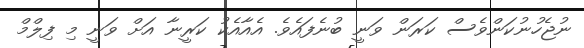
ނުޖެހުނުކަންވެސް ކަރަން ވަނީ ބުނެފައެވެ. އެއާއެކު ކަރީނާ އަށް ވަނީ މި ފިލްމް